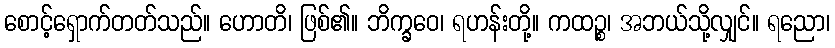
စောင့်ရှောက်တတ်သည်။ ဟောတိ၊ ဖြစ်၏။ ဘိက္ခဝေ၊ ရဟန်းတို့။ ကထဉ္စ၊ အဘယ်သို့လျှင်။ ရညော၊